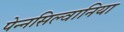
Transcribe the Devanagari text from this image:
पेन्नसिल्वानिया